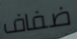
ضفاف